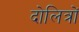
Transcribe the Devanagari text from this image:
दोलित्रों